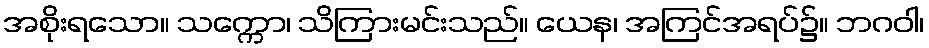
အစိုးရသော။ သက္ကော၊ သိကြားမင်းသည်။ ယေန၊ အကြင်အရပ်၌။ ဘဂဝါ၊